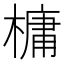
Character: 槦